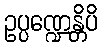
ဥပ္ပဏ္ဍေန္တိပိ